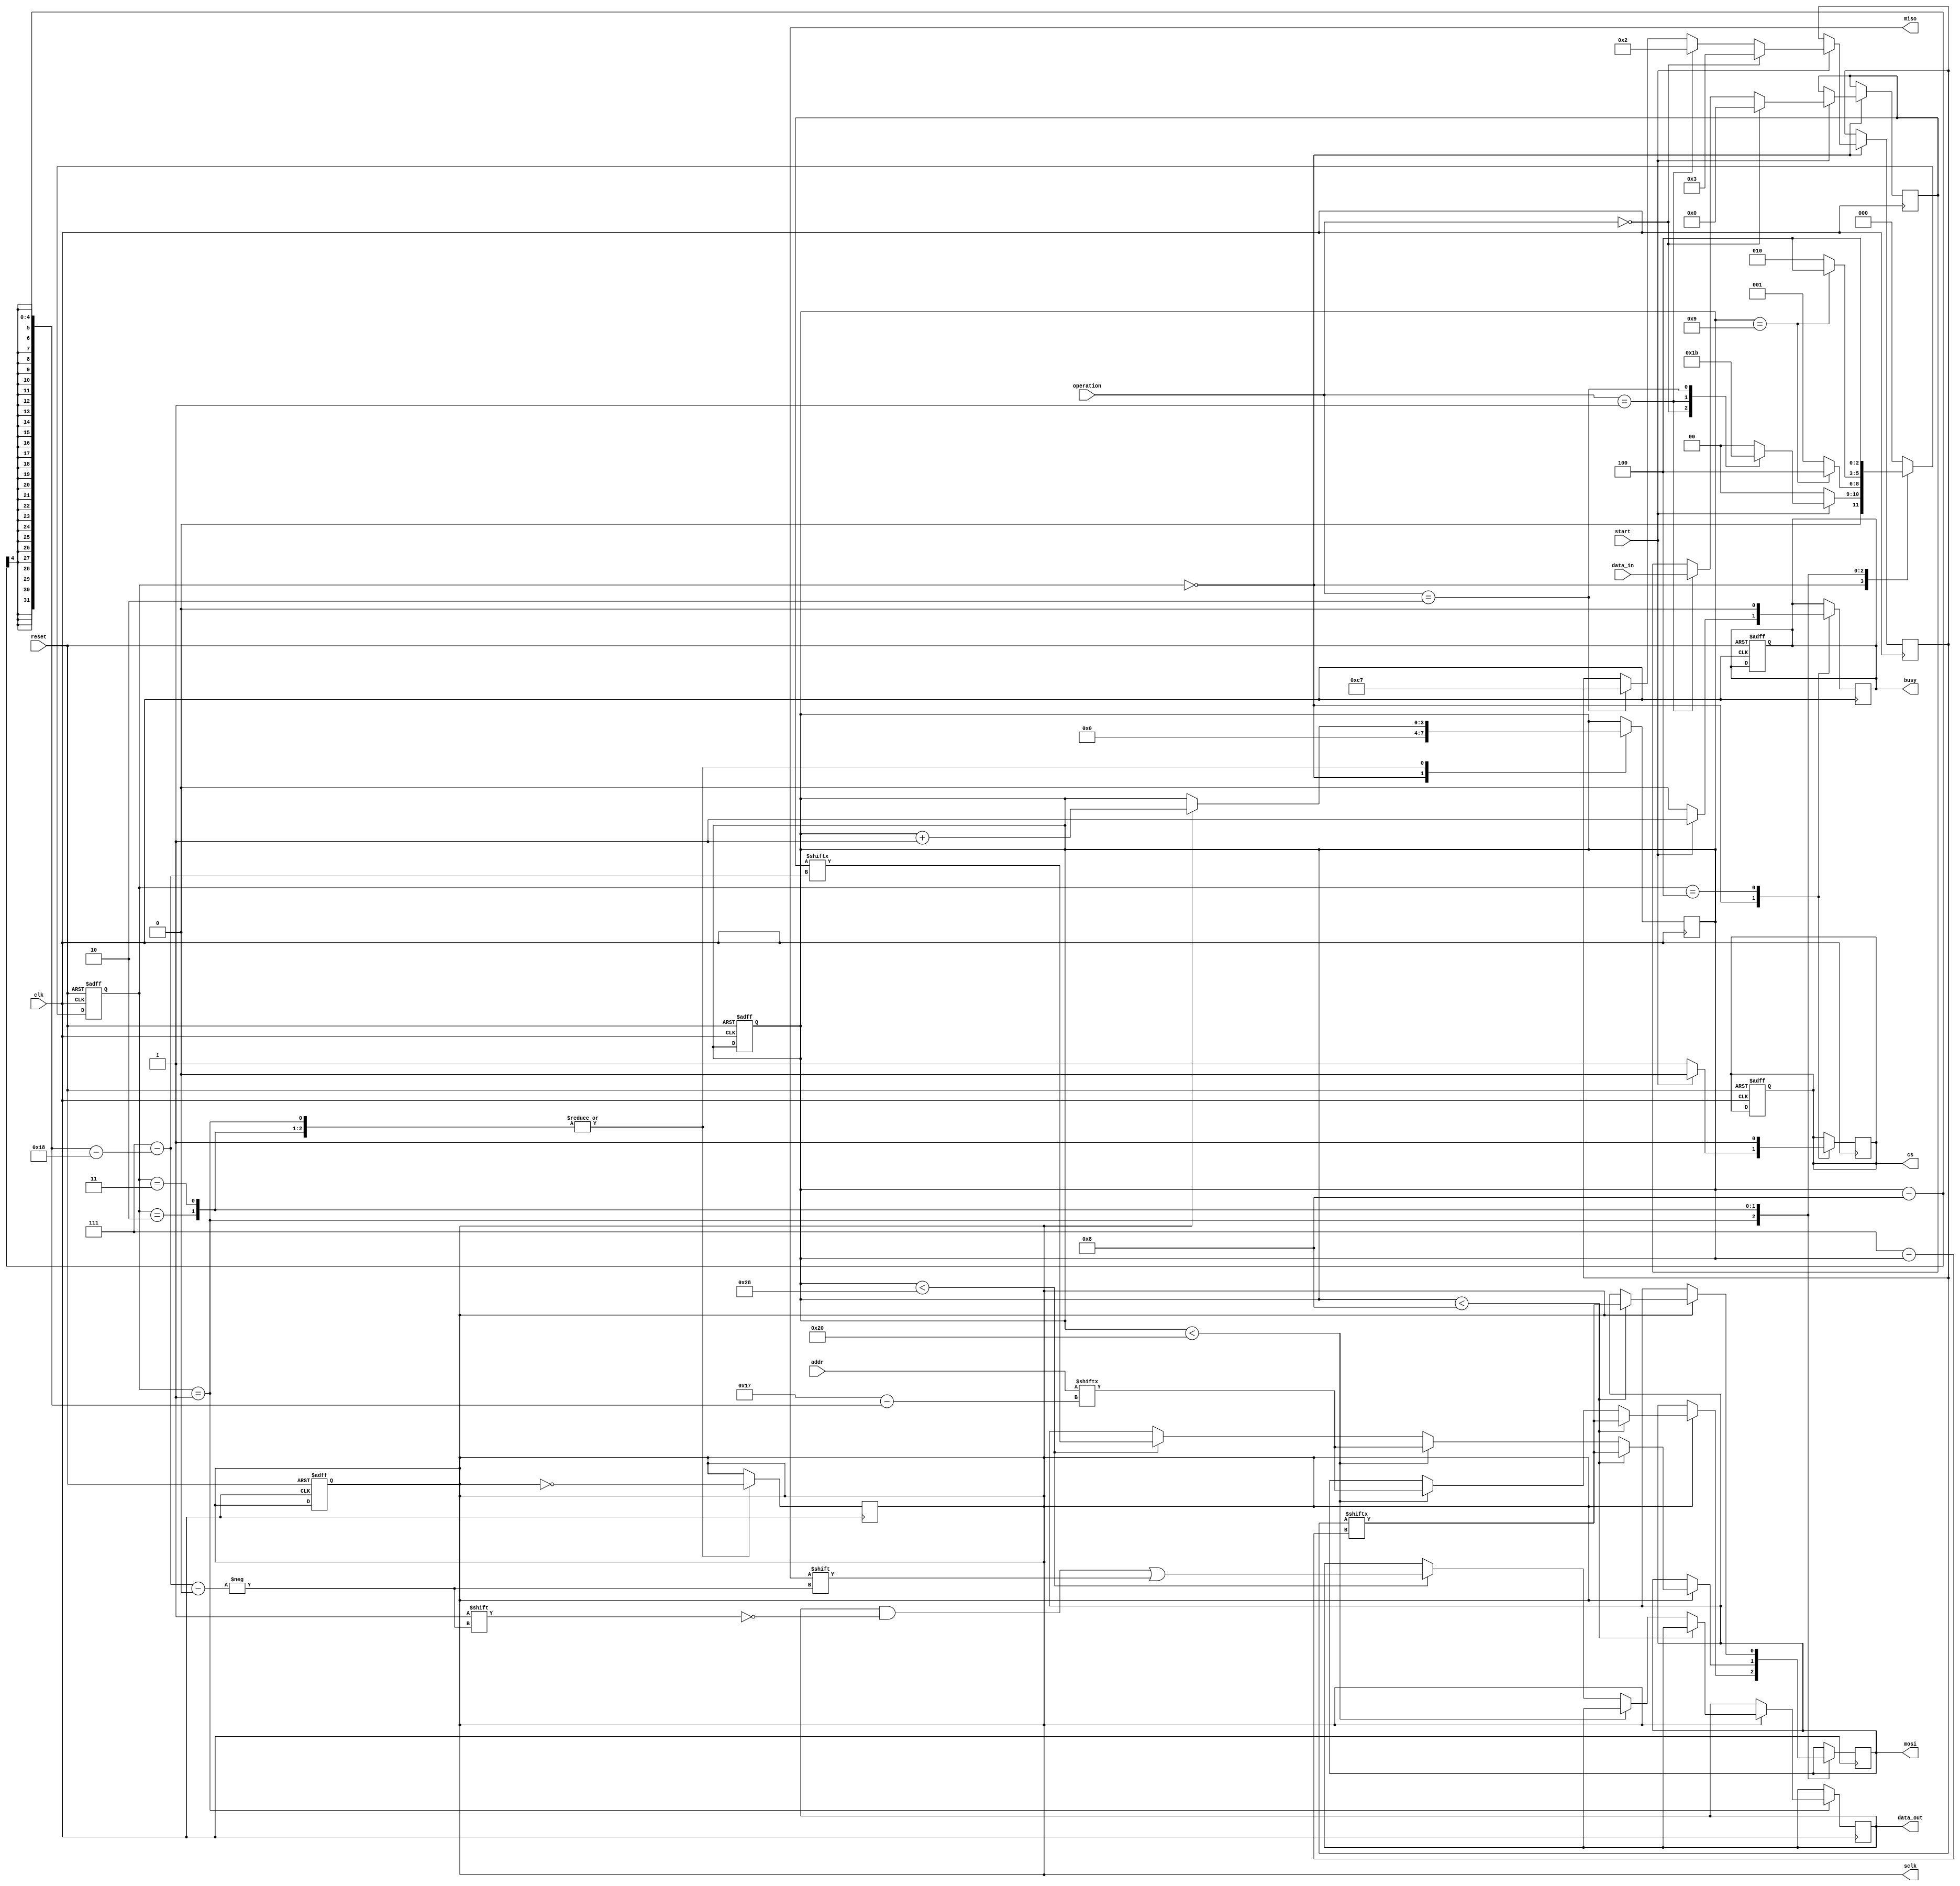
module spi_flash_interface #(
    parameter DATA_WIDTH = 8,     // Width of the data to be transferred
    parameter ADDR_WIDTH = 24,     // Address width for the SPI Flash
    parameter SPI_CLK_DIV = 4      // Division factor for the SPI clock
)(
    input wire clk,                // System clock
    input wire reset,              // System reset
    input wire [DATA_WIDTH-1:0] data_in, // Data to write to Flash
    input wire [ADDR_WIDTH-1:0] addr,     // Address to read from/write to
    input wire start,              // Start signal for operations
    input wire [1:0] operation,    // Operation: 00 - Read, 01 - Write, 10 - Erase
    output reg [DATA_WIDTH-1:0] data_out, // Data read from Flash
    output reg busy,               // Indicates an ongoing operation
    output reg miso,               // Master In Slave Out
    output reg mosi,               // Master Out Slave In
    output reg sclk,               // Serial Clock
    output reg cs                  // Chip Select
);

    // State encoding
    localparam IDLE   = 3'b000;
    localparam READ   = 3'b001;
    localparam WRITE  = 3'b010;
    localparam ERASE  = 3'b011;
    localparam DONE   = 3'b100;

    reg [2:0] current_state, next_state;
    reg [3:0] bit_count;     // Bit counter for SPI transfer
    reg [7:0] command;       // Command to be sent
    reg [DATA_WIDTH-1:0] data_buffer; // Internal buffer for reading/writing data
    reg [7:0] clk_div;       // Clock divider

    // State machine for SPI operations
    always @(posedge clk or posedge reset) begin
        if (reset) begin
            current_state <= IDLE;
            busy <= 0;
            cs <= 1; // CS high (inactive)
            sclk <= 0;
            bit_count <= 0;
        end else begin
            current_state <= next_state;
        end
    end

    // Next state logic
    always @(*) begin
        case (current_state)
            IDLE: begin
                if (start) begin
                    case (operation)
                        2'b00: next_state = READ;   // Read operation
                        2'b01: next_state = WRITE;  // Write operation
                        2'b10: next_state = ERASE;  // Erase operation
                        default: next_state = IDLE;
                    endcase
                end else begin
                    next_state = IDLE;
                end
            end

            READ: begin
                if (bit_count == DATA_WIDTH + 1) // Adjust for address and read data
                    next_state = DONE;
                else
                    next_state = READ;
            end
            
            WRITE: begin
                if (bit_count == DATA_WIDTH + 1) // Adjust for address and data
                    next_state = DONE;
                else
                    next_state = WRITE;
            end
            
            ERASE: begin
                next_state = DONE; // Erase is a single command
            end
            
            DONE: begin
                next_state = IDLE; // Go back to idle after completion
            end
            
            default: next_state = IDLE;
        endcase
    end

    // Control signals and data transfer
    always @(posedge clk) begin
        case (current_state)
            IDLE: begin
                busy <= 0;
                cs <= 1; // Deactivate chip select
                bit_count <= 0;
                if (start) begin
                    cs <= 0; // Activate chip select
                    busy <= 1;
                    if (operation == 2'b00) begin
                        command <= 8'h03; // Read command
                        data_buffer <= 0;  // Clear data buffer for read
                    end else if (operation == 2'b01) begin
                        command <= 8'h02; // Write command
                        data_buffer <= data_in; // Store data to write
                    end else if (operation == 2'b10) begin
                        command <= 8'hC7; // Erase command
                    end
                end
            end

            READ: begin
                // Generate clock and shift out the command/address
                sclk <= ~sclk; // Toggle clock
                if (sclk) begin
                    if (bit_count < 8) begin
                        mosi <= command[7 - bit_count]; // Send command
                    end else if (bit_count < 8 + ADDR_WIDTH) begin
                        mosi <= addr[ADDR_WIDTH - 1 - (bit_count - 8)]; // Send address
                    end else if (bit_count < 8 + ADDR_WIDTH + DATA_WIDTH) begin
                        data_out[DATA_WIDTH - 1 - (bit_count - 8 - ADDR_WIDTH)] <= miso; // Sample data input
                    end
                    bit_count <= bit_count + 1;
                end
            end

            WRITE: begin
                // Generate clock and shift out the command/address/data
                sclk <= ~sclk;
                if (sclk) begin
                    if (bit_count < 8) begin
                        mosi <= command[7 - bit_count]; // Send command
                    end else if (bit_count < 8 + ADDR_WIDTH) begin
                        mosi <= addr[ADDR_WIDTH - 1 - (bit_count - 8)]; // Send address
                    end else if (bit_count < 8 + ADDR_WIDTH + DATA_WIDTH) begin
                        mosi <= data_buffer[DATA_WIDTH - 1 - (bit_count - 8 - ADDR_WIDTH)]; // Send data
                    end
                    bit_count <= bit_count + 1;
                end
            end

            ERASE: begin
                // Generate clock and send the erase command
                sclk <= ~sclk;
                if (sclk) begin
                    if (bit_count < 8) begin
                        mosi <= command[7 - bit_count]; // Send erase command
                    end
                    bit_count <= bit_count + 1;
                end
            end

            DONE: begin
                cs <= 1; // Deactivate chip select
                busy <= 0; // Operation complete
            end
        endcase
    end

endmodule